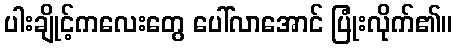
ပါးချိုင့်ကလေးတွေ ပေါ်လာအောင် ပြုံးလိုက်၏။